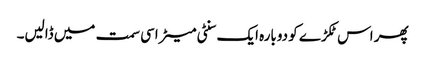
پھر اس ٹکڑے کو دوبارہ ایک سنٹی میٹر اسی سمت میں ڈالیں۔